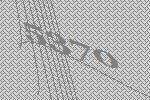
5370